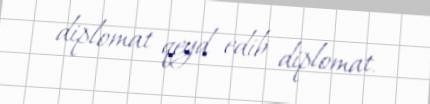
diplomat qeyd edib diplomat.